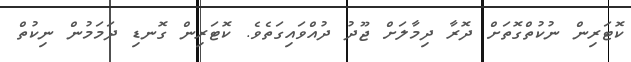
ކޮޓަރިން ނުކުތްގޮތަށް ދޮރާ ދިމާލަށް ޖޫދު ދުއްވައިގަތެވެ. ކޮޓަރިން ގޮނޑި ދަމަމުން ނިކުތް